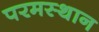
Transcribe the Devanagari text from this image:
परमस्थान